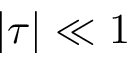
| \tau | \ll 1